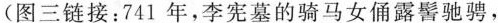
(图三链接：741年，李宪墓的骑马女俑露髻驰骋，